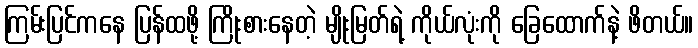
ကြမ်းပြင်ကနေ ပြန်ထဖို့ ကြိုးစားနေတဲ့ မျိုးမြတ်ရဲ့ ကိုယ်လုံးကို ခြေထောက်နဲ့ ဖိတယ်။